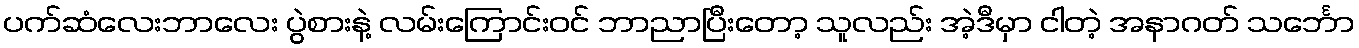
ပက်ဆံလေးဘာလေး ပွဲစားနဲ့ လမ်းကြောင်းဝင် ဘာညာပြီးတော့ သူလည်း အဲ့ဒီမှာ ငါတဲ့ အနာဂတ် သင်္ဘော